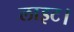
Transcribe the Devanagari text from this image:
लाइट।